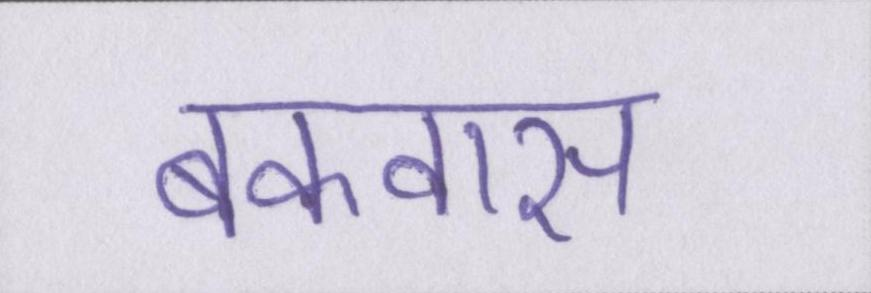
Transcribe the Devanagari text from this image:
बकवास